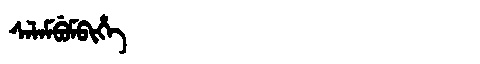
Manchu: ᠰᠠᠯᠠᠮᠪᡠᠮᠪᡳᡥᡝ
Romanization: SALAMBUMBIHE